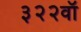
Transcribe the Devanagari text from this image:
३२२वॉ